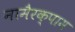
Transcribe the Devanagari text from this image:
नामैरक्पाम